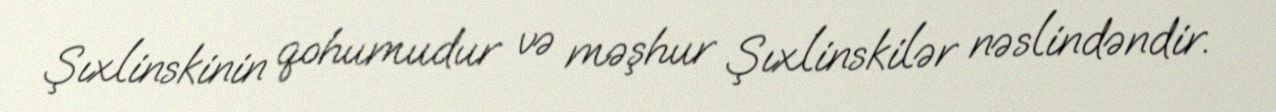
Şıxlinskinin qohumudur və məşhur Şıxlinskilər nəslindəndir.